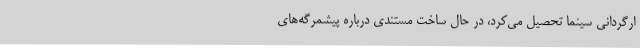
ارگردانی سینما تحصیل می‌کرد، در حال ساخت مستندی درباره پیشمرگه‌های